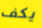
يكف